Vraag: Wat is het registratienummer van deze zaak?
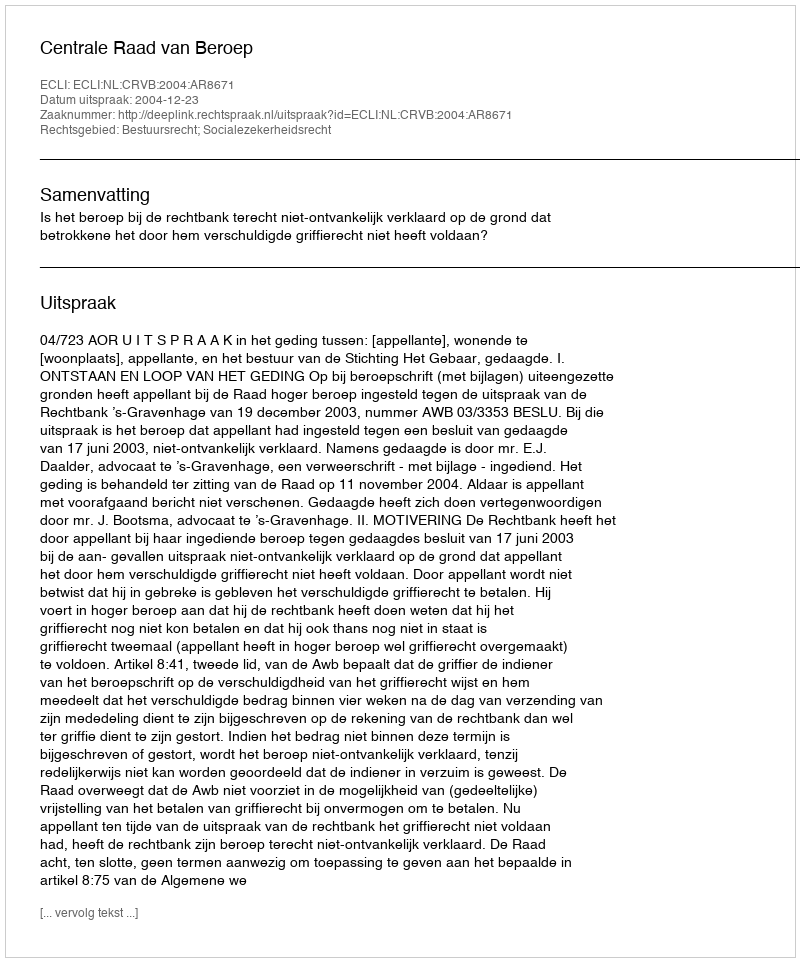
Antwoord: http://deeplink.rechtspraak.nl/uitspraak?id=ECLI:NL:CRVB:2004:AR8671